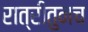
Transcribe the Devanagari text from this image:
रात्रीतुनच